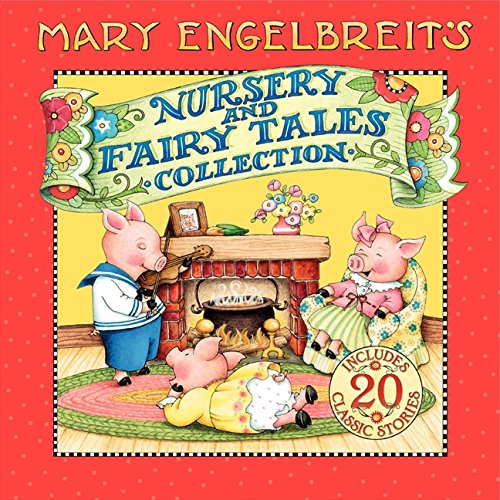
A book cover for Mary Engelbreit's Nursery and Fairy Tales Collection; Mary Engelbreit; Literature & Fiction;